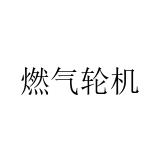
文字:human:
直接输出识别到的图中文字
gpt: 燃气轮机